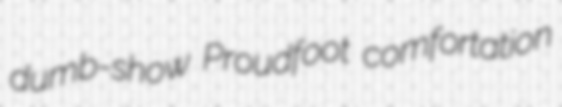
dumb-show Proudfoot comfortation